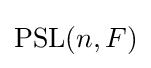
\operatorname {PSL} (n,F)